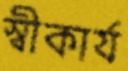
স্বীকার্য